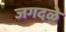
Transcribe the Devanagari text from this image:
जगदळे